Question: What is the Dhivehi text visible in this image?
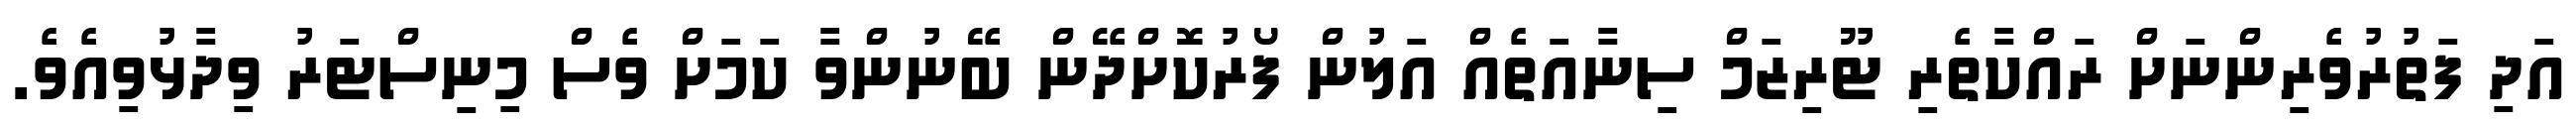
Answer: އަދި ފަތުރުވެރިންނަށް ރައްކާތެރި ޓޫރިޒަމް ސިނާއަތެއް އަލުން ފޯރުކޮށްދޭން ބޭނުންވާ ކަމަށް ވެސް މިނިސްޓަރު ވިދާޅުވިއެވެ.